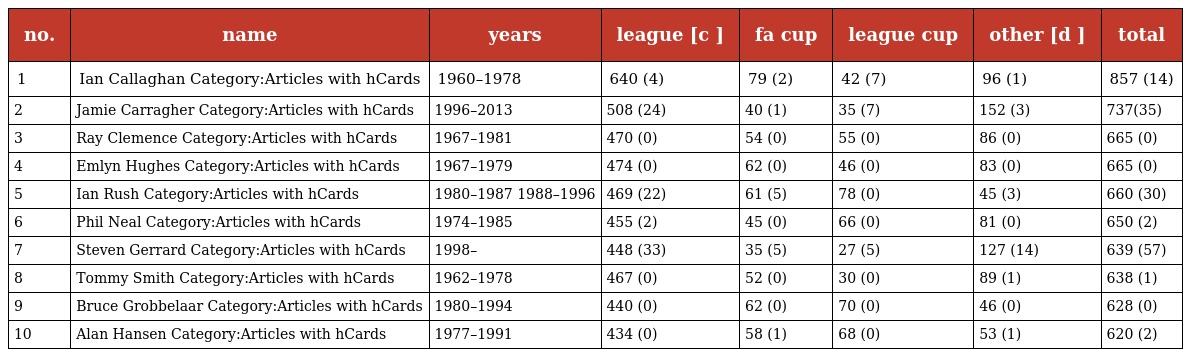
| no. | name | years | league [c ] | fa cup | league cup | other [d ] | total |
 | --- | --- | --- | --- | --- | --- | --- | --- |
 | 1 | Ian Callaghan Category:Articles with hCards | 1960–1978 | 640 (4) | 79 (2) | 42 (7) | 96 (1) | 857 (14) |
 | 2 | Jamie Carragher Category:Articles with hCards | 1996–2013 | 508 (24) | 40 (1) | 35 (7) | 152 (3) | 737(35) |
 | 3 | Ray Clemence Category:Articles with hCards | 1967–1981 | 470 (0) | 54 (0) | 55 (0) | 86 (0) | 665 (0) |
 | 4 | Emlyn Hughes Category:Articles with hCards | 1967–1979 | 474 (0) | 62 (0) | 46 (0) | 83 (0) | 665 (0) |
 | 5 | Ian Rush Category:Articles with hCards | 1980–1987 1988–1996 | 469 (22) | 61 (5) | 78 (0) | 45 (3) | 660 (30) |
 | 6 | Phil Neal Category:Articles with hCards | 1974–1985 | 455 (2) | 45 (0) | 66 (0) | 81 (0) | 650 (2) |
 | 7 | Steven Gerrard Category:Articles with hCards | 1998– | 448 (33) | 35 (5) | 27 (5) | 127 (14) | 639 (57) |
 | 8 | Tommy Smith Category:Articles with hCards | 1962–1978 | 467 (0) | 52 (0) | 30 (0) | 89 (1) | 638 (1) |
 | 9 | Bruce Grobbelaar Category:Articles with hCards | 1980–1994 | 440 (0) | 62 (0) | 70 (0) | 46 (0) | 628 (0) |
 | 10 | Alan Hansen Category:Articles with hCards | 1977–1991 | 434 (0) | 58 (1) | 68 (0) | 53 (1) | 620 (2) |